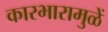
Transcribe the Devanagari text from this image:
कारभारामुळें